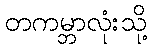
တကမ္ဘာလုံးသို့